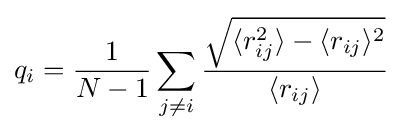
q_{i}={\frac {1}{N-1}}\sum _{j\neq i}{\frac {\sqrt {\langle r_{ij}^{2}\rangle -\langle r_{ij}\rangle ^{2}}}{\langle r_{ij}\rangle }}